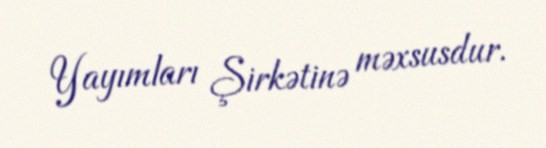
Yayımları Şirkətinə məxsusdur.